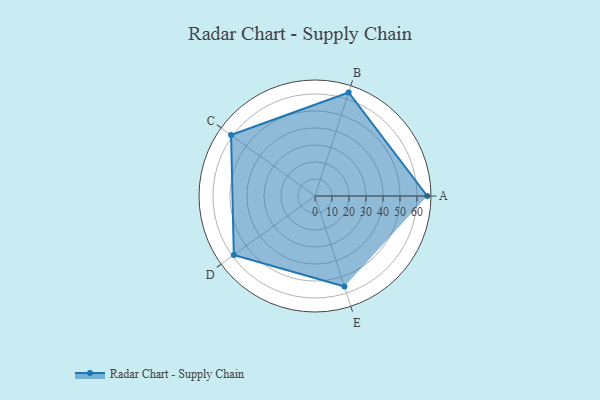
{"axis": {"x": "Skill", "y": "Score"}, "legend": ["Profile"], "data": [{"x": "A", "y": 66.0, "type": "Profile"}, {"x": "B", "y": 64.0, "type": "Profile"}, {"x": "C", "y": 61.0, "type": "Profile"}, {"x": "D", "y": 59.0, "type": "Profile"}, {"x": "E", "y": 56.0, "type": "Profile"}]}